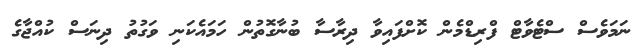
ނަމަވެސް ސްޓެވާޓް ފްރިޑްމެން ކޮށްފައިވާ ދިރާސާ ބުނާގޮތުން ހަމައެކަނި ވަގުތު ދިނަސް ކުއްޖާގެ